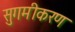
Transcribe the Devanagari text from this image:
सुगमीकरण